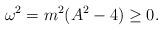
LaTeX: \begin{align*}\omega^2=m^2(A^2-4)\geq0.\end{align*}